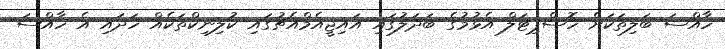
ހާއްސަ ބަލިތަކަށް ހޮސްޕިޓަލް އެޅުމުގެ ބަދަލުގައި އައިޖީއެމްއެޗުގައި ކުލިނިކްތަކެއް ހަދައި އެ ހާއްސަ